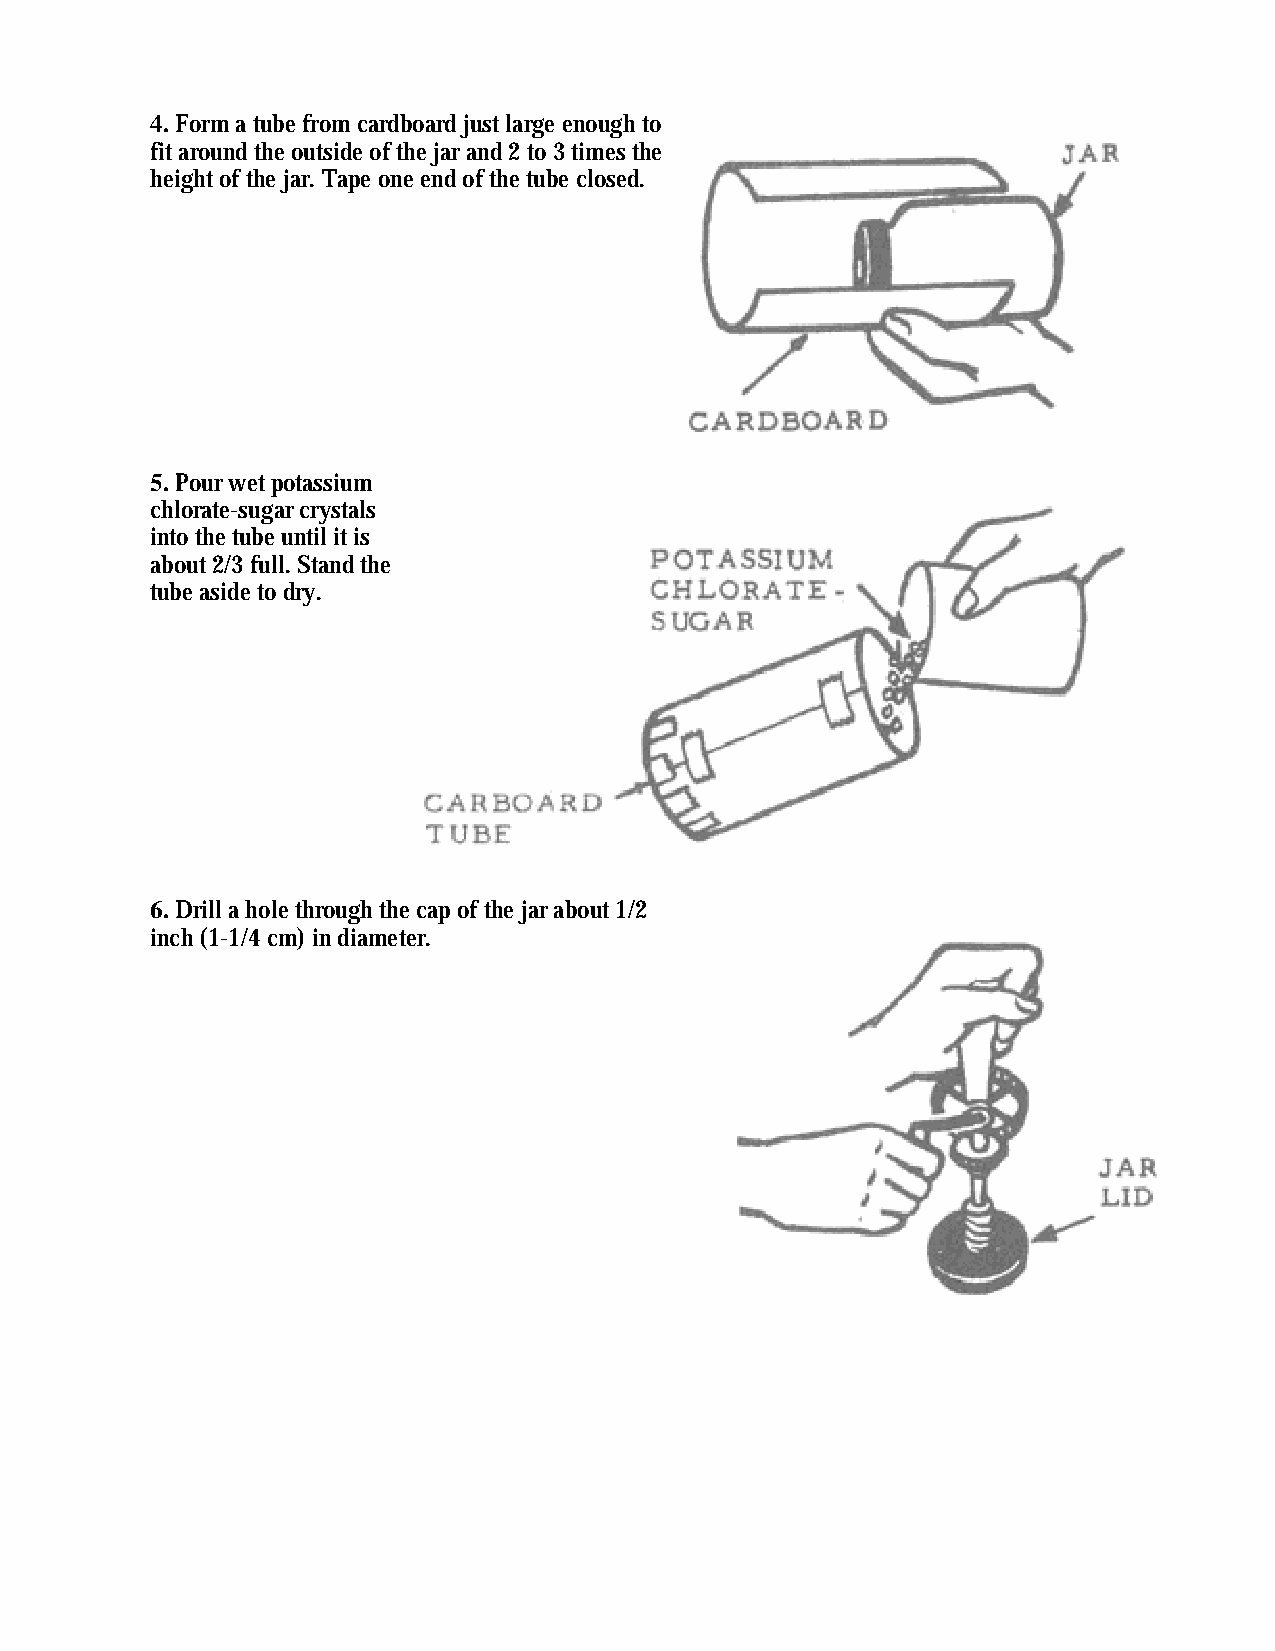
4. Form a tube from cardboard just large enough to
 fit around the outside of the jar and 2 to 3 times the
 height of the jar. Tape one end of the tube closed.
 5. Pour wet potassium
 chlorate-sugar crystals
 into the tube until it is
 about 2/3 full. Stand the
 tube aside to dry.
 6. Drill a hole through the cap of the jar about 1/2
 inch (1-1/4 cm) in diameter.